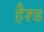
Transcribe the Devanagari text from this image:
हैश्ड